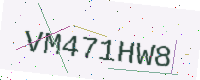
Text: VM471HW8